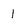
Character: 1